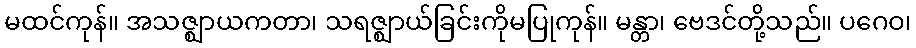
မထင်ကုန်။ အသဇ္ဈာယကတာ၊ သရဇ္ဈာယ်ခြင်းကိုမပြုကုန်။ မန္တာ၊ ဗေဒင်တို့သည်။ ပဂေဝ၊